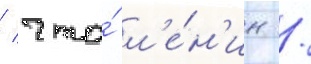
/ что́ л'е́н'ин /